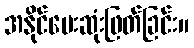
အနိုင်ပေးဆုံးဖြတ်ခြင်း။